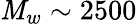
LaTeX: \mathit{M}_{w}\sim2500